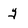
Character: y